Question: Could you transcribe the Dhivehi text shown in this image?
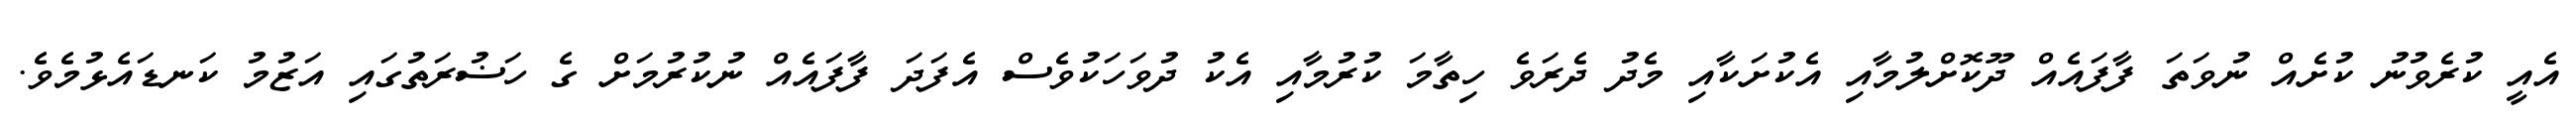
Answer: އެއީ ކުރެވުނު ކުށެއް ނުވަތަ ފާފައެއް ދޫކޮށްލުމާއި އެކުށަކާއި މެދު ދެރަވެ ހިތާމަ ކުރުމާއި އެކު ދުވަހަކުވެސް އެފަދަ ފާފައެއް ނުކުރުމަށް ގެ ހަޟުރަތުގައި އަޒުމު ކަނޑައެޅުމެވެ.